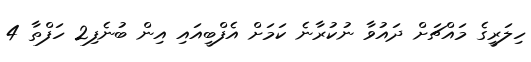
ހިލަރީގެ މައްޗަށް ދައުވާ ނުކުރާނެ ކަމަށް އެފްބީއައި އިން ބުނެފި2 ހަފްތާ 4